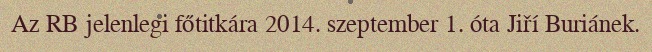
Az RB jelenlegi főtitkára 2014. szeptember 1. óta Jiří Buriánek.